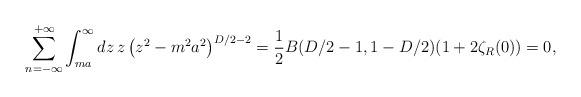
LaTeX: \begin{align*}\sum_{n=-\infty }^{+\infty }\int_{ma}^{\infty }dz\,z\left(z^{2}-m^{2}a^{2}\right) ^{D/2-2}=\frac{1}{2}B(D/2-1,1-D/2)(1+2\zeta _{R}(0))=0, \end{align*}